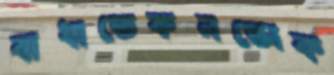
বাধাতেকনভোক